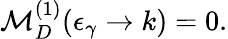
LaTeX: {\cal M}_{D}^{(1)}(\epsilon_{\gamma}\rightarrow k)=0.